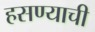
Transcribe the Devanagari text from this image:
हसण्याची